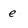
Character: e